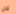
كان